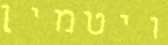
ויטמין